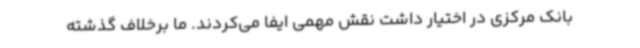
بانک مرکزی در اختیار داشت نقش مهمی ایفا می‌کردند. ما برخلاف گذشته